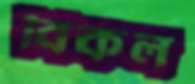
বিকল